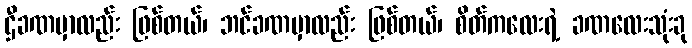
ဌီခဏမှာလည်း ဖြစ်တယ်၊ ဘင်ခဏမှာလည်း ဖြစ်တယ်၊ စိတ်ကလေးရဲ့ ခဏလေးသုံးခု